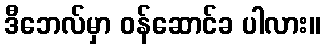
ဒီဘေလ်မှာ ဝန်ဆောင်ခ ပါလား။